Vabadussoja_Ajaloo_Komitee, lk 72
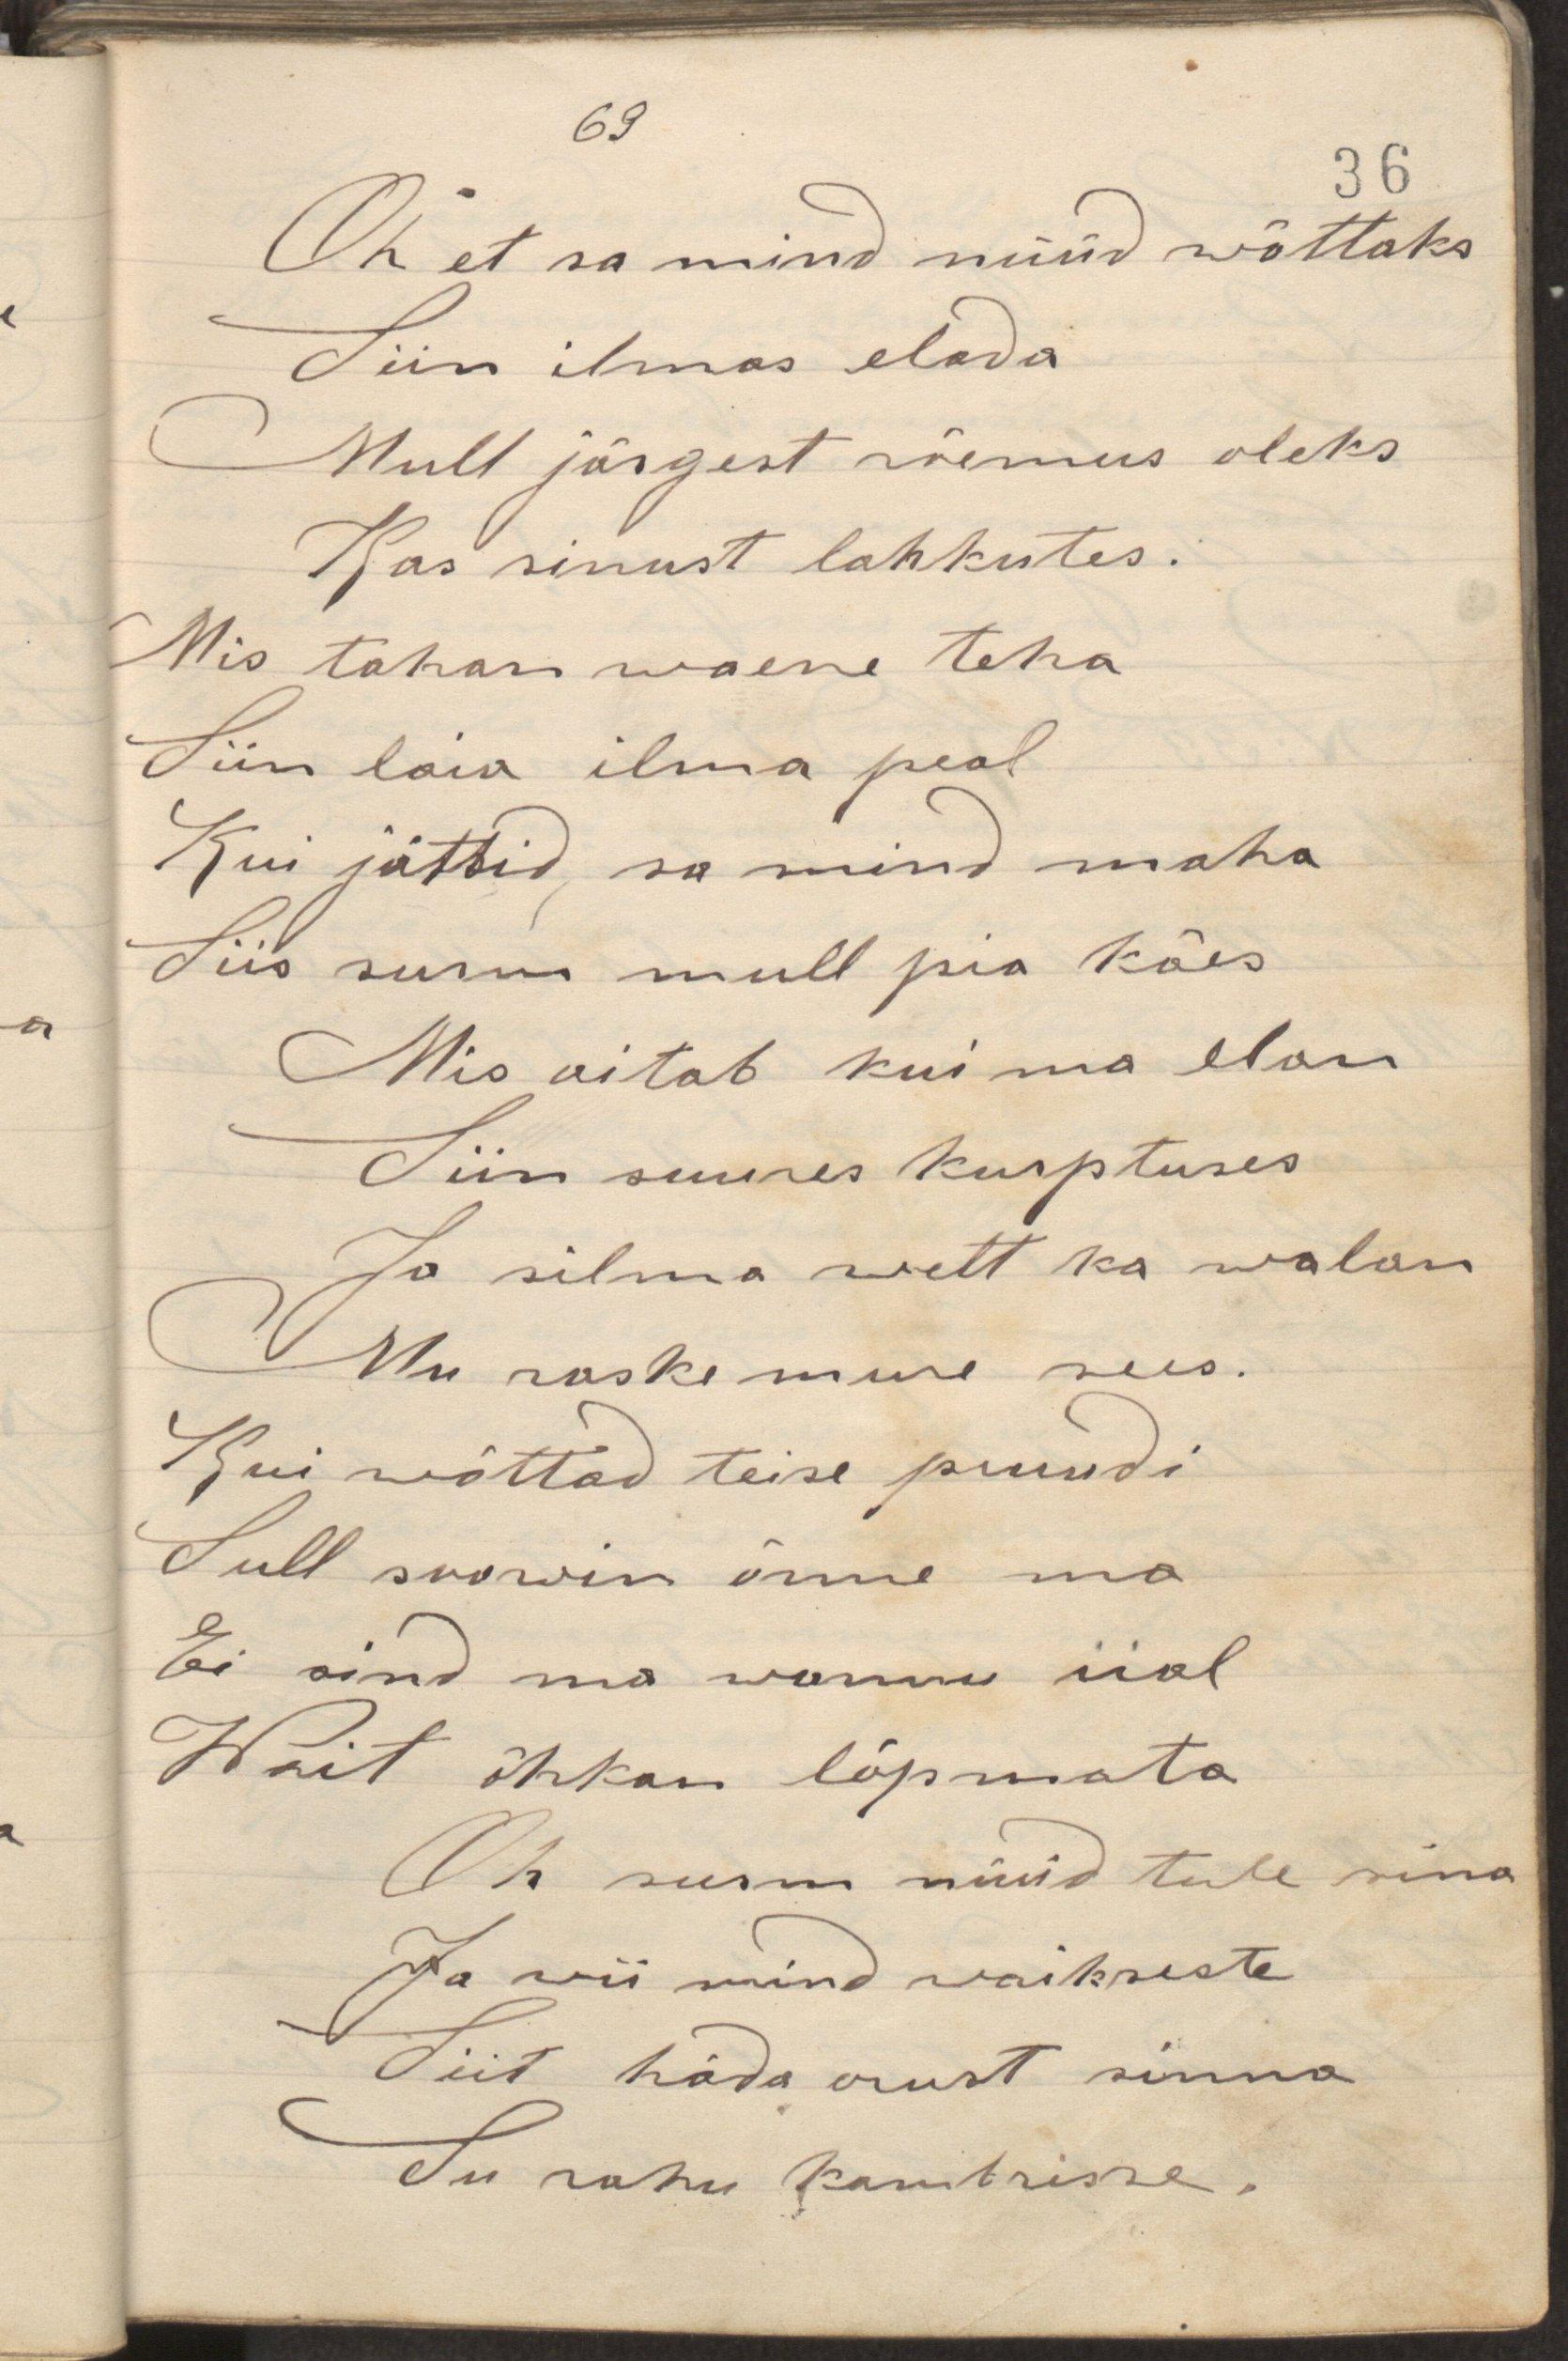
Oh et sa mind nüüd wõttaks
Siin ilmas elada
Mull järjest rõõmus oleks
Kas sinust lahkutes.
Mis tahan waene teha
Siin laia ilma peal
Kui jätsid sa mind maha
Siis surm mull pia käes
Mis aitab kui ma elan
Siin suures kurptuses
Jo silma wett ka walan
Mu raske mure sees.
Kui wõttad teise pruudi
Sull soowin õnne ma
Ei sind ma wannu iial
Wait õhkan lõpmata
Oh surm nüüd tule sina
Ja wii mind waikseste
Siit häda orust sinna
Su rahu kambrisse.